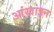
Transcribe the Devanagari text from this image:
आंखाइन